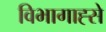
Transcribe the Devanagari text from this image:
विभागाह्से